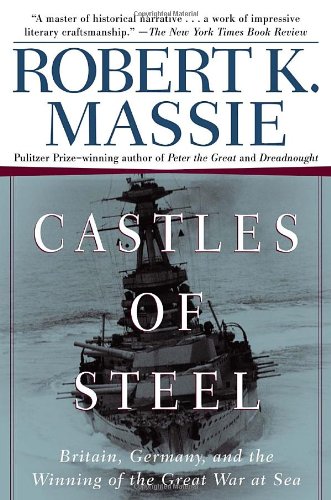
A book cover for Castles of Steel: Britain, Germany, and the Winning of the Great War at Sea; Robert K. Massie; Engineering & Transportation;